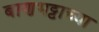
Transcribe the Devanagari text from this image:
बाणभट्टाच्या